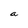
Character: a